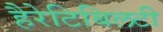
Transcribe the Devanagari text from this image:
हैरेटिबिलटी